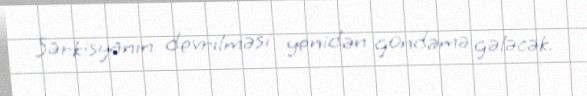
Sərkisyanın devrilməsi yenidən gündəmə gələcək.